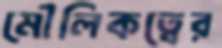
মৌলিকত্বের